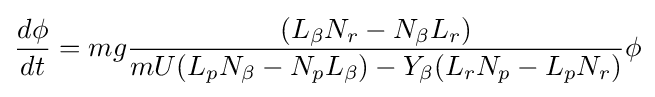
{\frac {d\phi }{dt}}=mg{\frac {(L_{\beta }N_{r}-N_{\beta }L_{r})}{mU(L_{p}N_{\beta }-N_{p}L_{\beta })-Y_{\beta }(L_{r}N_{p}-L_{p}N_{r})}}\phi